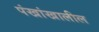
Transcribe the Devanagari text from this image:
पंखांखालील